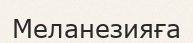
Меланезияға